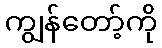
ကျွန်တော့်ကို